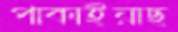
পাকাইয়াছ